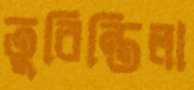
তুরিন্তিলা